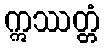
ဣဿတ္တံ